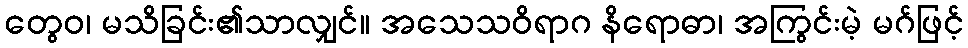
တွေဝ၊ မသိခြင်း၏သာလျှင်။ အသေသဝိရာဂ နိရောဓာ၊ အကြွင်းမဲ့ မဂ်ဖြင့်